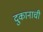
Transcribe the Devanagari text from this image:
दुकानाची